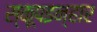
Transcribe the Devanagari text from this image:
स्कूपइन्हार